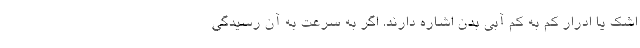
اشک یا ادرار کم به کم آبی بدن اشاره دارند. اگر به سرعت به آن رسیدگی